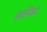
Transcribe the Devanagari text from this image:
स्तनिका